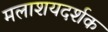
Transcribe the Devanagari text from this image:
मलाशयदर्शक